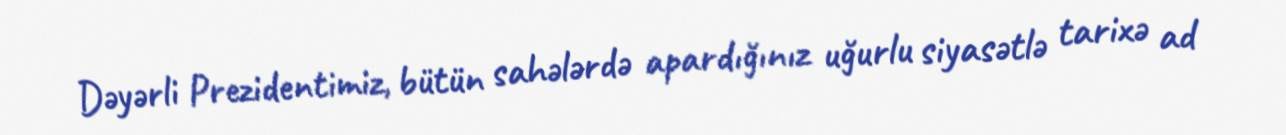
Dəyərli Prezidentimiz, bütün sahələrdə apardığınız uğurlu siyasətlə tarixə ad